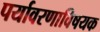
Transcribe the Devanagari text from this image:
पर्यावरणाविषयक